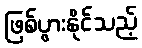
ဖြစ်ပွားနိုင်သည့်